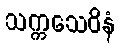
သက္ကသေဝိနံ